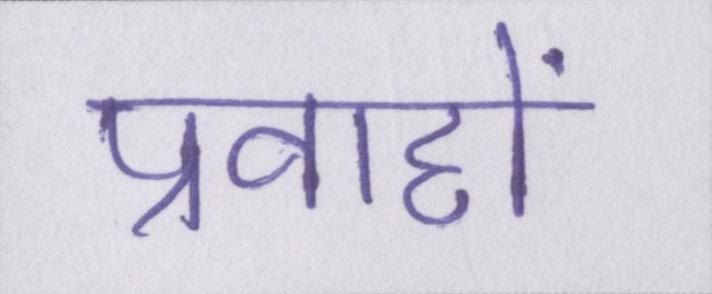
प्रवाहों